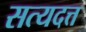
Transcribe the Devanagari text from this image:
सत्यदत्त